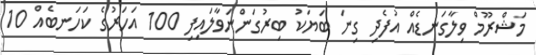
މަޝްރޫމް ވިލާގަނޑެއް އުފެދި ގިނަ ބަޔަކު ބިރުގަންނަވާލައިފި 100 އަހަރުގެ ކަހަނބެއް 10